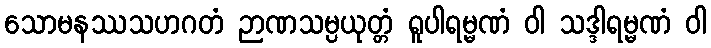
သောမနဿသဟဂတံ ဉာဏသမ္ပယုတ္တံ ရူပါရမ္မဏံ ဝါ သဒ္ဒါရမ္မဏံ ဝါ